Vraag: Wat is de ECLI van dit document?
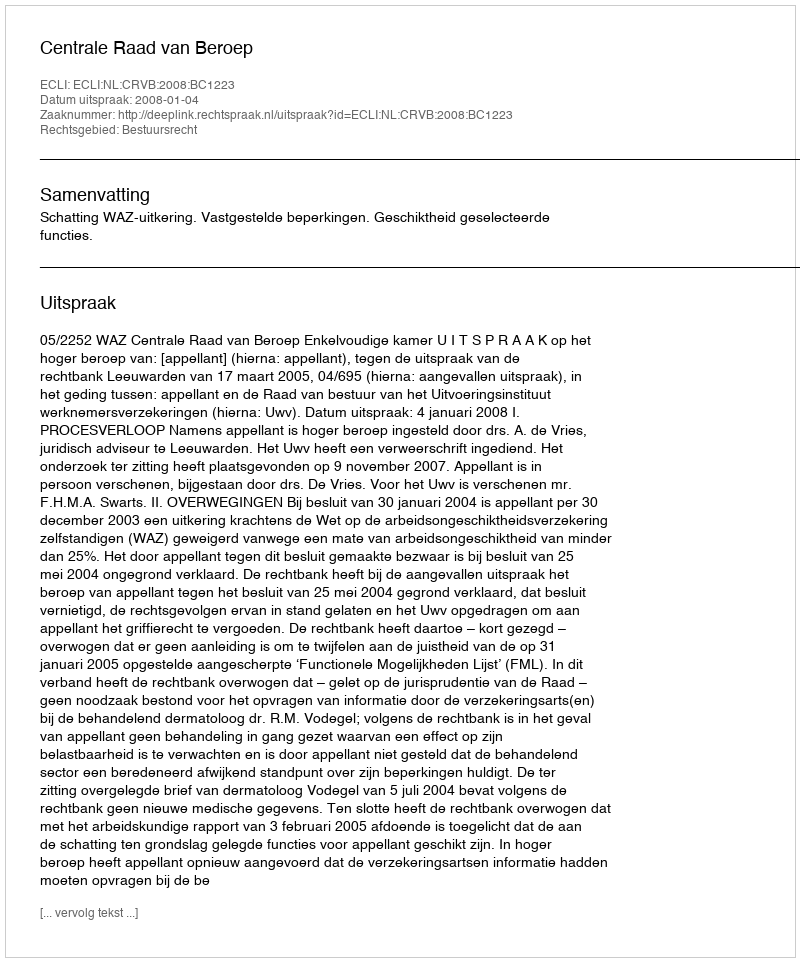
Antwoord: ECLI:NL:CRVB:2008:BC1223